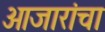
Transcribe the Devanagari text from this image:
आजारांचा